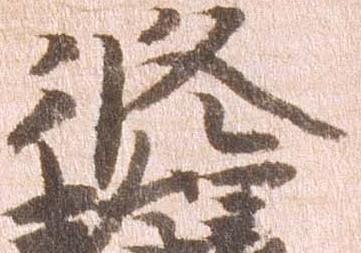
修